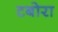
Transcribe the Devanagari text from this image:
टबोरा